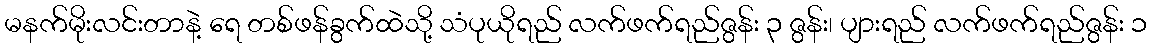
မနက်မိုးလင်းတာနဲ့ ရေ တစ်ဖန်ခွက်ထဲသို့ သံပုယိုရည် လက်ဖက်ရည်ဇွန်း ၃ ဇွန်း၊ ပျားရည် လက်ဖက်ရည်ဇွန်း ၁